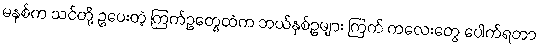
မနှစ်က သင်တို့ ဥပေးတဲ့ ကြက်ဥတွေထဲက ဘယ်နှစ်ဥများ ကြက် ကလေးတွေ ပေါက်ရတာ